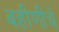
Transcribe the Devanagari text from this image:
बहीणीचे